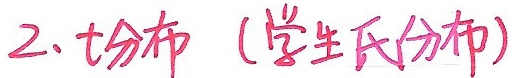
2、t分布（学生氏分布）